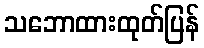
သဘောထားထုတ်ပြန်